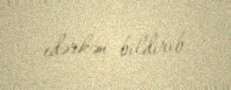
edərkən bildirib.